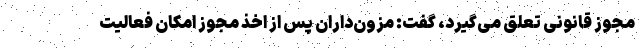
مجوز قانونی تعلق می‌گیرد، گفت: مزون‌داران پس از اخذ مجوز امکان فعالیت